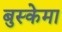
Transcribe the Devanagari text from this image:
बुस्केमा